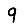
Digit: 9